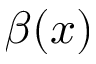
\beta ( x )